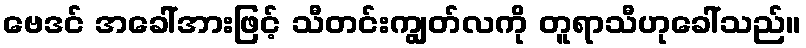
ဗေဒင် အခေါ်အားဖြင့် သီတင်းကျွတ်လကို တူရာသီဟုခေါ်သည်။